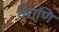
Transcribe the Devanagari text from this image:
वैराणि